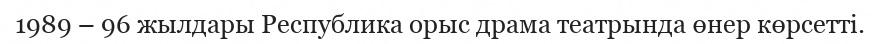
1989 – 96 жылдары Республика орыс драма театрында өнер көрсетті.